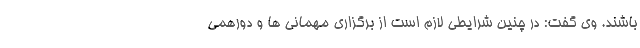
باشند. وی گفت: در چنین شرایطی لازم است از برگزاری مهمانی ها و دورهمی